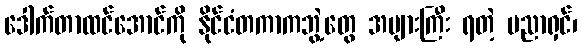
ဒေါက်တာထင်အောင်ကို နိုင်ငံတကာကဘွဲ့တွေ အများကြီး ရတဲ့ ပညာရှင်၊